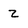
Character: Z